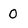
Character: 0